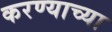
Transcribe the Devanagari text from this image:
करण्‍याच्‍या